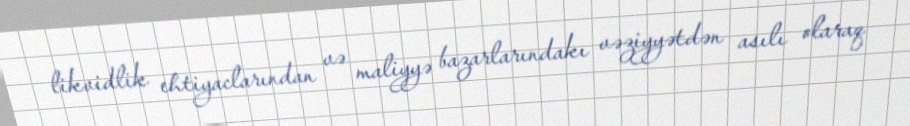
likvidlik ehtiyaclarından və maliyyə bazarlarındakı vəziyyətdən asılı olaraq